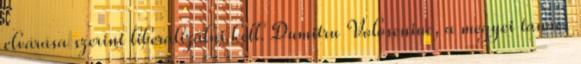
elvárása szerint liberalizálni kell. Dumitru Voloseniuc, a megyei tanács